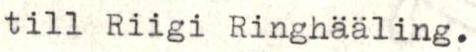
till Riigi Ringhääling.